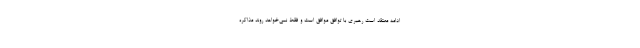
ادامه معتقد است رهبری با توافق موافق است و فقط نمی‌خواهد روند مذاکره